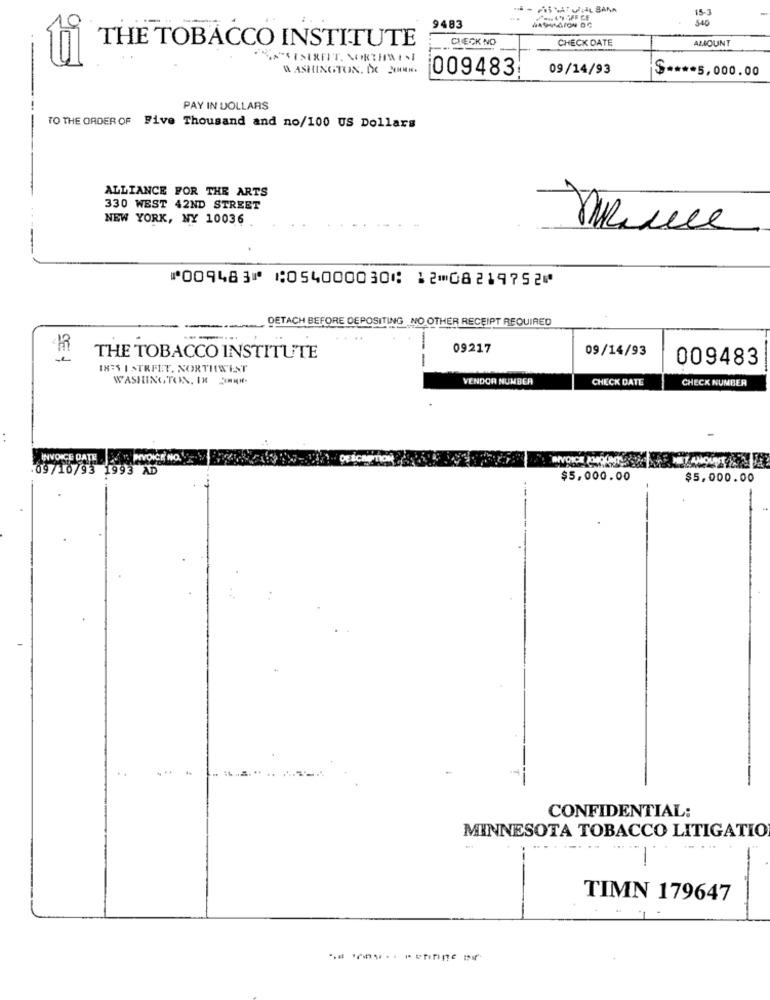
15-3
9483
CHECK NO
CHECK DATE
AMOUNT
THE TOBACCO INSTITUTE
WASHINGTON. DE 2H.
009483;
09/14/93
$ **** 5,000.00
PAY IN DOLLARS
--
TO THE ORDER OF Five Thousand and no/100 US Dollars
ALLIANCE FOR THE ARTS
330 WEST 42ND STREET
NEW YORK, NY 10036
⑈009483⑈ ⑆054000030⑆ 12⑉08219752⑈
DETACH BEFORE DEPOSITING NO OTHER RECEIPT REQUIRED
-
09217
09/14/93
THE TOBACCO INSTITUTE
-
009483
IKES I STREET. NORTHWEST
WASHINGTON. IN JIH.
VENDOR NUMBER
CHECK DATE
CHECK NUMBER
INVOICE DATE
INVOICE NO.
.09/10/93 1993 AD
$5,000.00
$5,000.00
CONFIDENTIAL:
MINNESOTA TOBACCO LITIGATIO
.--
--
-
-
TIMN 179647
--